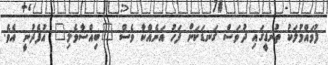
ފުވައްމުލަކު ތުނޑީގައި ދުވަސް ގަނޑަކަށް ފަހު އަނެއްކާ ވެސް "ބިއްސާވެލި" އުފެދުނީ އެވެ.